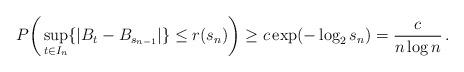
LaTeX: \begin{align*} P\bigg(\sup_{t \in I_n} \{ |B_t-B_{s_{n-1}}| \} \le r(s_n) \bigg) \ge c \exp(- \log_2 s_n) = \frac{c}{n \log n} \,.\end{align*}